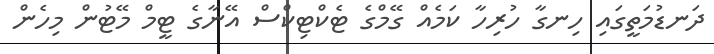
ދަނޑުމަތީގައި ހިނގާ ހުރިހާ ކަމެއް ގޭމްގެ ޓެކްޓިކްސް އޭނާގެ ޓީމް މޭޓުން މިހެން